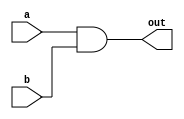
`timescale 1ns / 1ps
//////////////////////////////////////////////////////////////////////////////////
// Company: 
// Engineer: 
// 
// Design Name: 
// Module Name:    And32 
// Project Name: 
// Target Devices: 
// Tool versions: 
// Description: 
//
// Dependencies: 
//
// Revision: 
// Revision 0.01 - File Created
// Additional Comments: 
//
//////////////////////////////////////////////////////////////////////////////////
module And32(
	input [31:0] a,
	input [31:0] b,
	output [31:0] out
    );

	assign out = a & b;
	
endmodule